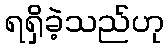
ရရှိခဲ့သည်ဟု